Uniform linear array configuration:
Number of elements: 8
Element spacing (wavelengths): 0.75
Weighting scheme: blackman
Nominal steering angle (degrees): -15
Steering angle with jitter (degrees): -14.574
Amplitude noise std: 0.05
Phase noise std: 0.05

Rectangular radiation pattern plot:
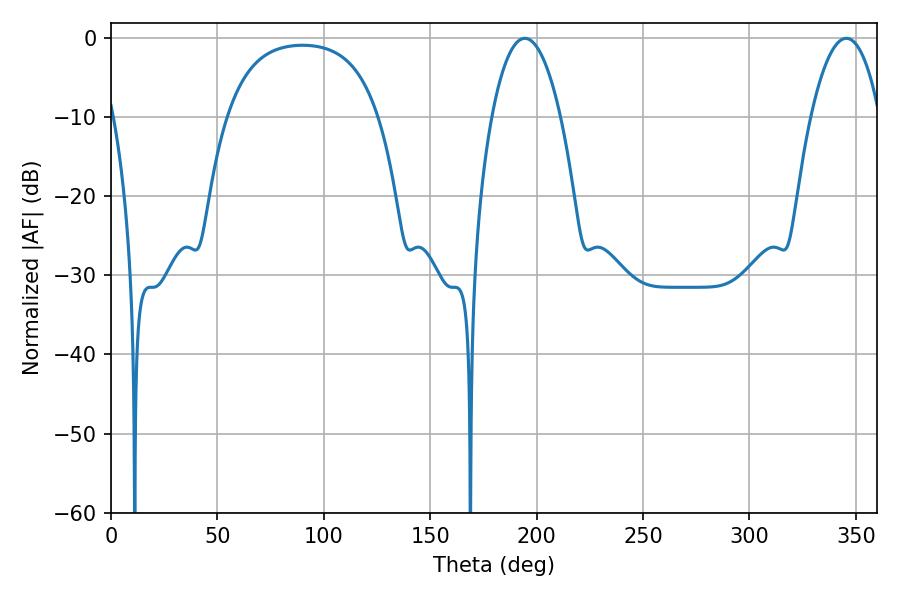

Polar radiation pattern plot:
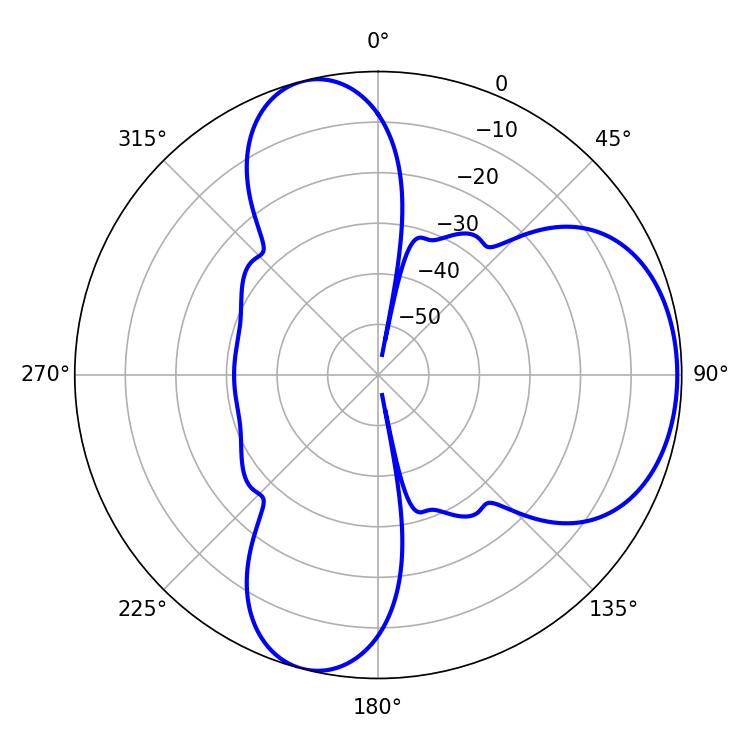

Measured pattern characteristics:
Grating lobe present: TRUE
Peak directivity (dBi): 6.116
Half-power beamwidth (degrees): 18
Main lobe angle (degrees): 194.4